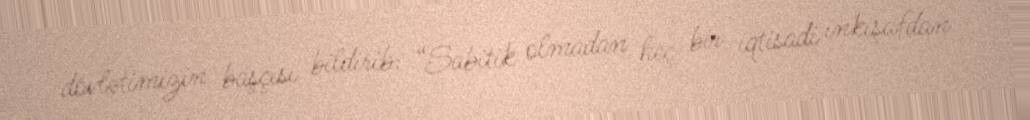
dövlətimizin başçısı bildirib: “Sabitik olmadan heç bir iqtisadi inkişafdan